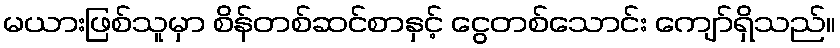
မယားဖြစ်သူမှာ စိန်တစ်ဆင်စာနှင့် ငွေတစ်သောင်း ကျော်ရှိသည်။